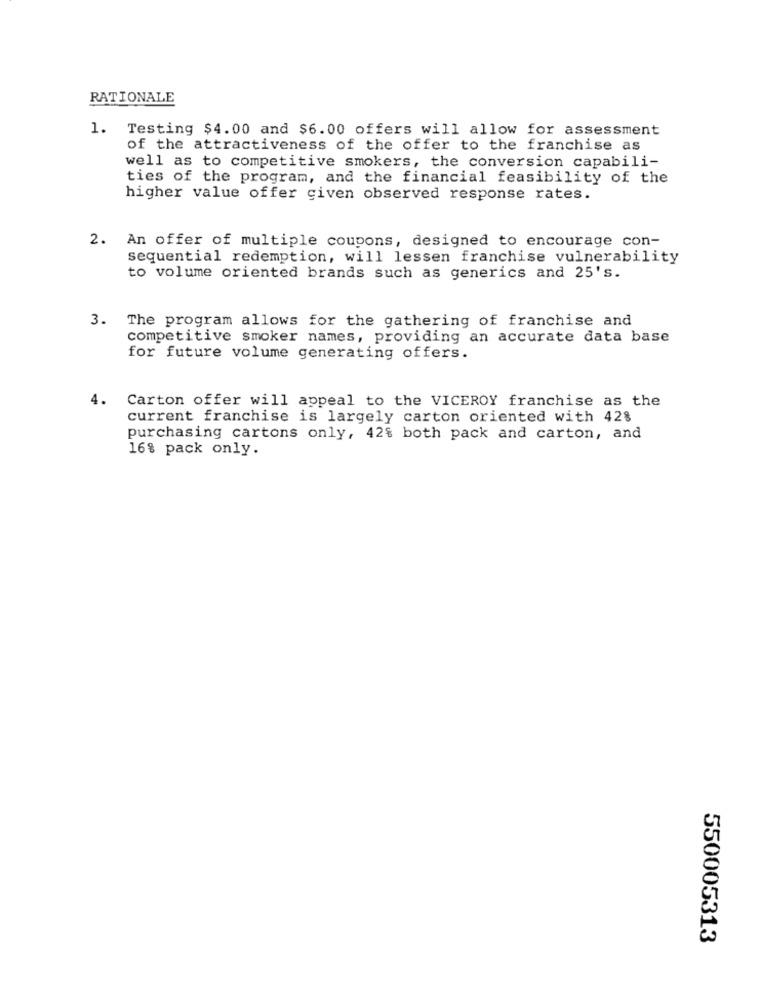
RATIONALE
1. Testing $4.00 and $6.00 offers will allow for assessment
of the attractiveness of the offer to the franchise as
well as to competitive smokers, the conversion capabili-
ties of the program, and the financial feasibility of the
higher value offer given observed response rates.
2. An offer of multiple coupons, designed to encourage con-
sequential redemption, will lessen franchise vulnerability
to volume oriented brands such as generics and 25's.
3. The program allows for the gathering of franchise and
competitive smoker names, providing an accurate data base
for future volume generating offers.
4.
Carton offer will appeal to the VICEROY franchise as the
current franchise is largely carton oriented with 42%
purchasing cartons only, 42% both pack and carton, and
16% pack only.
550005313